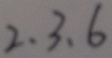
2 . 3 . 6